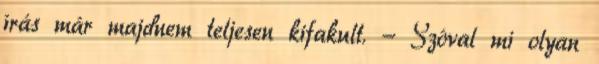
írás már majdnem teljesen kifakult. - Szóval mi olyan